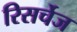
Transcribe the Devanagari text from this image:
रिसर्चेज